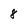
Character: 8